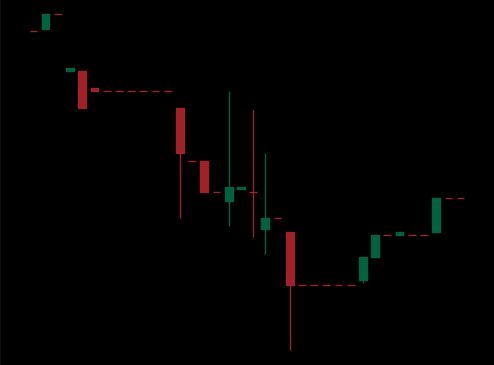
Pattern: bull_flag